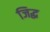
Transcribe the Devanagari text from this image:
जिद्ध